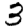
Digit: 3